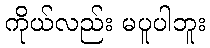
ကိုယ်လည်း မပူပါဘူး